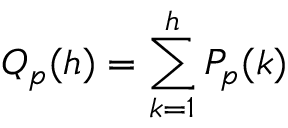
Q _ { p } ( h ) = \sum _ { k = 1 } ^ { h } P _ { p } ( k )